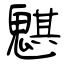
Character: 魌